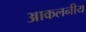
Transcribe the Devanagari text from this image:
आकलनीय